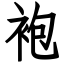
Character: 袍